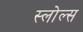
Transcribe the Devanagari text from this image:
स्लोल्स